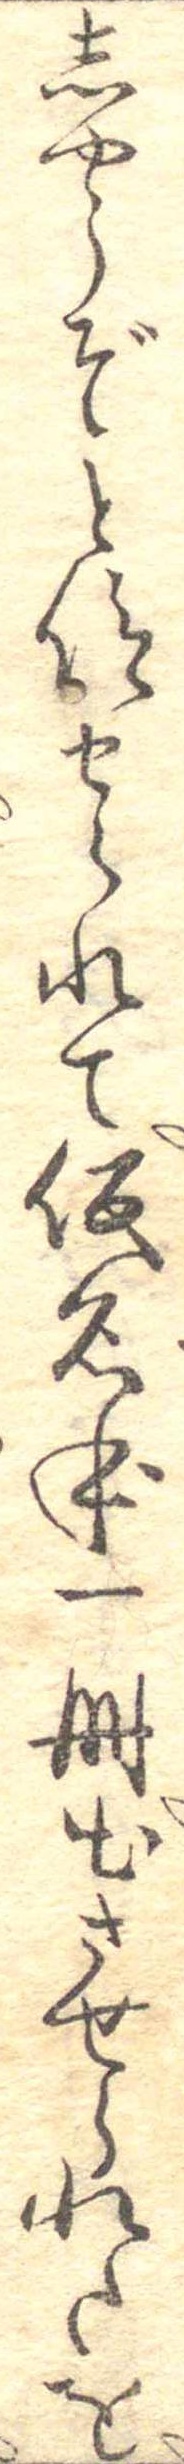
しやうぞと仰せられて仮名本一冊出させられたを